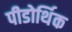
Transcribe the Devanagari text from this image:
पीडोर्थिक